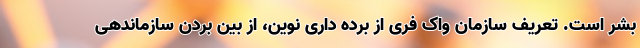
بشر است. تعریف سازمان واک فری از برده داری نوین، از بین بردن سازماندهی